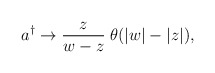
\begin{align*}a^{\dagger }\rightarrow \frac z{w-z}\;\theta (|w|-|z|),\end{align*}